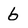
Character: 6